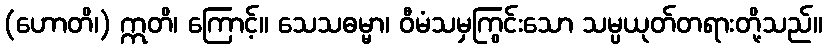
(ဟောတိ၊) ဣတိ၊ ကြောင့်။ သေသဓမ္မာ၊ ဝီမံသမှကြွင်းသော သမ္ပယုတ်တရားတို့သည်။